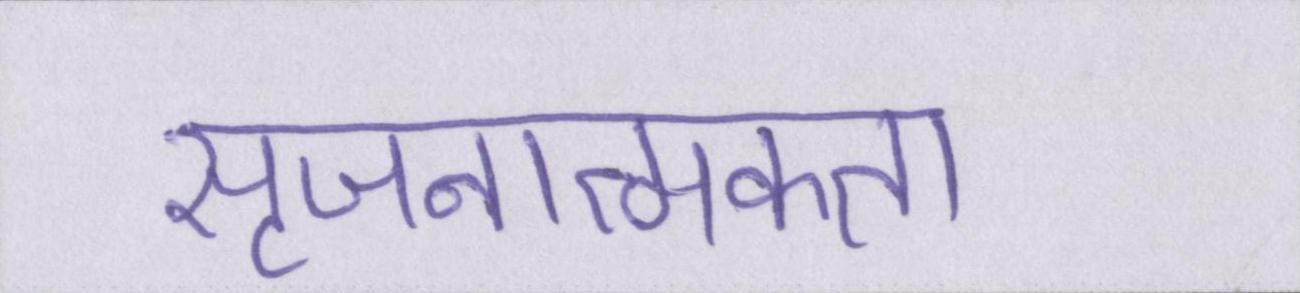
सृजनात्मकता